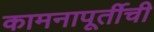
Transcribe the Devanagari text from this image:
कामनापूर्तीची